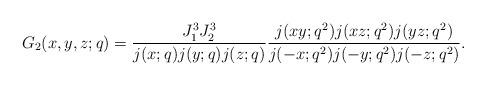
LaTeX: \begin{align*}G_2(x,y,z;q)=\frac{J_1^3J_2^3}{j(x;q)j(y;q)j(z;q)} \frac{j(xy;q^2)j(xz;q^2)j(yz;q^2)}{j(-x;q^2)j(-y;q^2)j(-z;q^2)}.\end{align*}